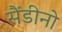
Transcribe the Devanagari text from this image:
सैंडीनो